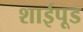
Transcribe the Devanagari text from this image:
शाईपूड